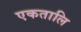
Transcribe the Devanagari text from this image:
एकतालि